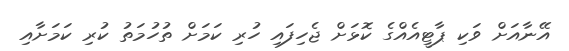
އޭނާއަށް ވަކި ޕާޓީއެއްގެ ކޮޅަށް ޖެހިފައި ހުރި ކަމަށް ތުހުމަތު ކުރި ކަމަށާއި